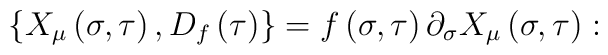
\left\{ X_\mu \left( \sigma ,\tau \right) ,D_f\left( \tau \right) \right\}=f\left( \sigma ,\tau \right) \partial _\sigma X_\mu \left( \sigma ,\tau\right) :